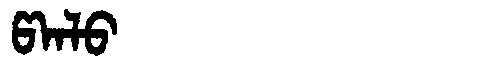
Manchu: ᡦᠠᠨᠯᠣ
Romanization: PANLO